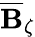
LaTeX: \overline{{\mathbf{B}}}_{\zeta}